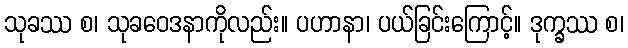
သုခဿ စ၊ သုခဝေဒနာကိုလည်း။ ပဟာနာ၊ ပယ်ခြင်းကြောင့်။ ဒုက္ခဿ စ၊